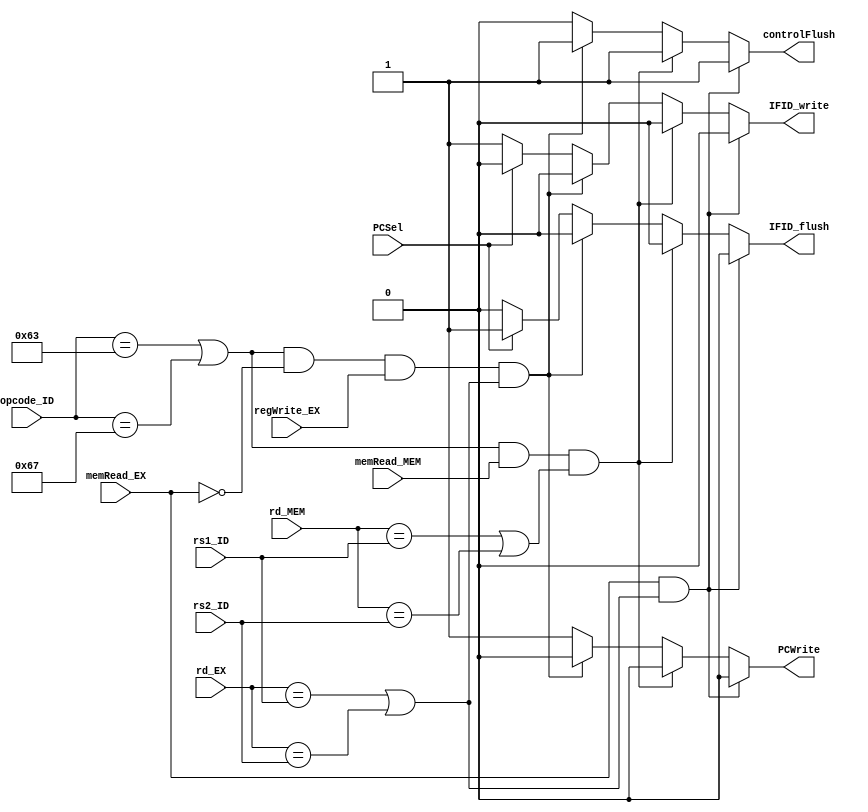
module hazardDetect(
	input [6:0] opcode_ID,
	input [4:0] rs1_ID,
	input [4:0] rs2_ID,
	input [4:0] rd_EX,
	input [4:0] rd_MEM,
	input PCSel,
	input regWrite_EX,
	input memRead_EX,
	input memRead_MEM,
	output reg PCWrite,
	output reg IFID_write,
	output reg IFID_flush,
	output reg controlFlush
);

	always @(*) begin
		// load : stall * 1 + forwarding
		if (memRead_EX && (rd_EX == rs1_ID || rd_EX == rs2_ID)) begin
			PCWrite = 1'b0;
			IFID_write = 1'b0;
			IFID_flush = 1'b0;
			controlFlush = 1'b1;
		end

		// load - nop - B
		else if ((opcode_ID == 7'b1100011 || opcode_ID == 7'b1100111) && memRead_MEM && (rd_MEM == rs1_ID || rd_MEM == rs2_ID)) begin
			PCWrite = 1'b0;
			IFID_write = 1'b0;
			IFID_flush = 1'b0;
			controlFlush = 1'b1;
		end

		// R/I - B
		else if ((opcode_ID == 7'b1100011 || opcode_ID == 7'b1100111) && (!memRead_EX) && regWrite_EX && (rd_EX == rs1_ID || rd_EX == rs2_ID)) begin
			PCWrite = 1'b0;
			IFID_write = 1'b0;
			IFID_flush = 1'b0;
			controlFlush = 1'b1;
		end

		// B/J flush
		else if (PCSel) begin
			PCWrite = 1'b1;
			IFID_write = 1'b0;
			IFID_flush = 1'b1;
			controlFlush = 1'b0;
		end

		// normal cases
		else begin
			PCWrite = 1'b1;
			IFID_write = 1'b1;
			IFID_flush = 1'b0;
			controlFlush = 1'b0;
		end
	end

endmodule